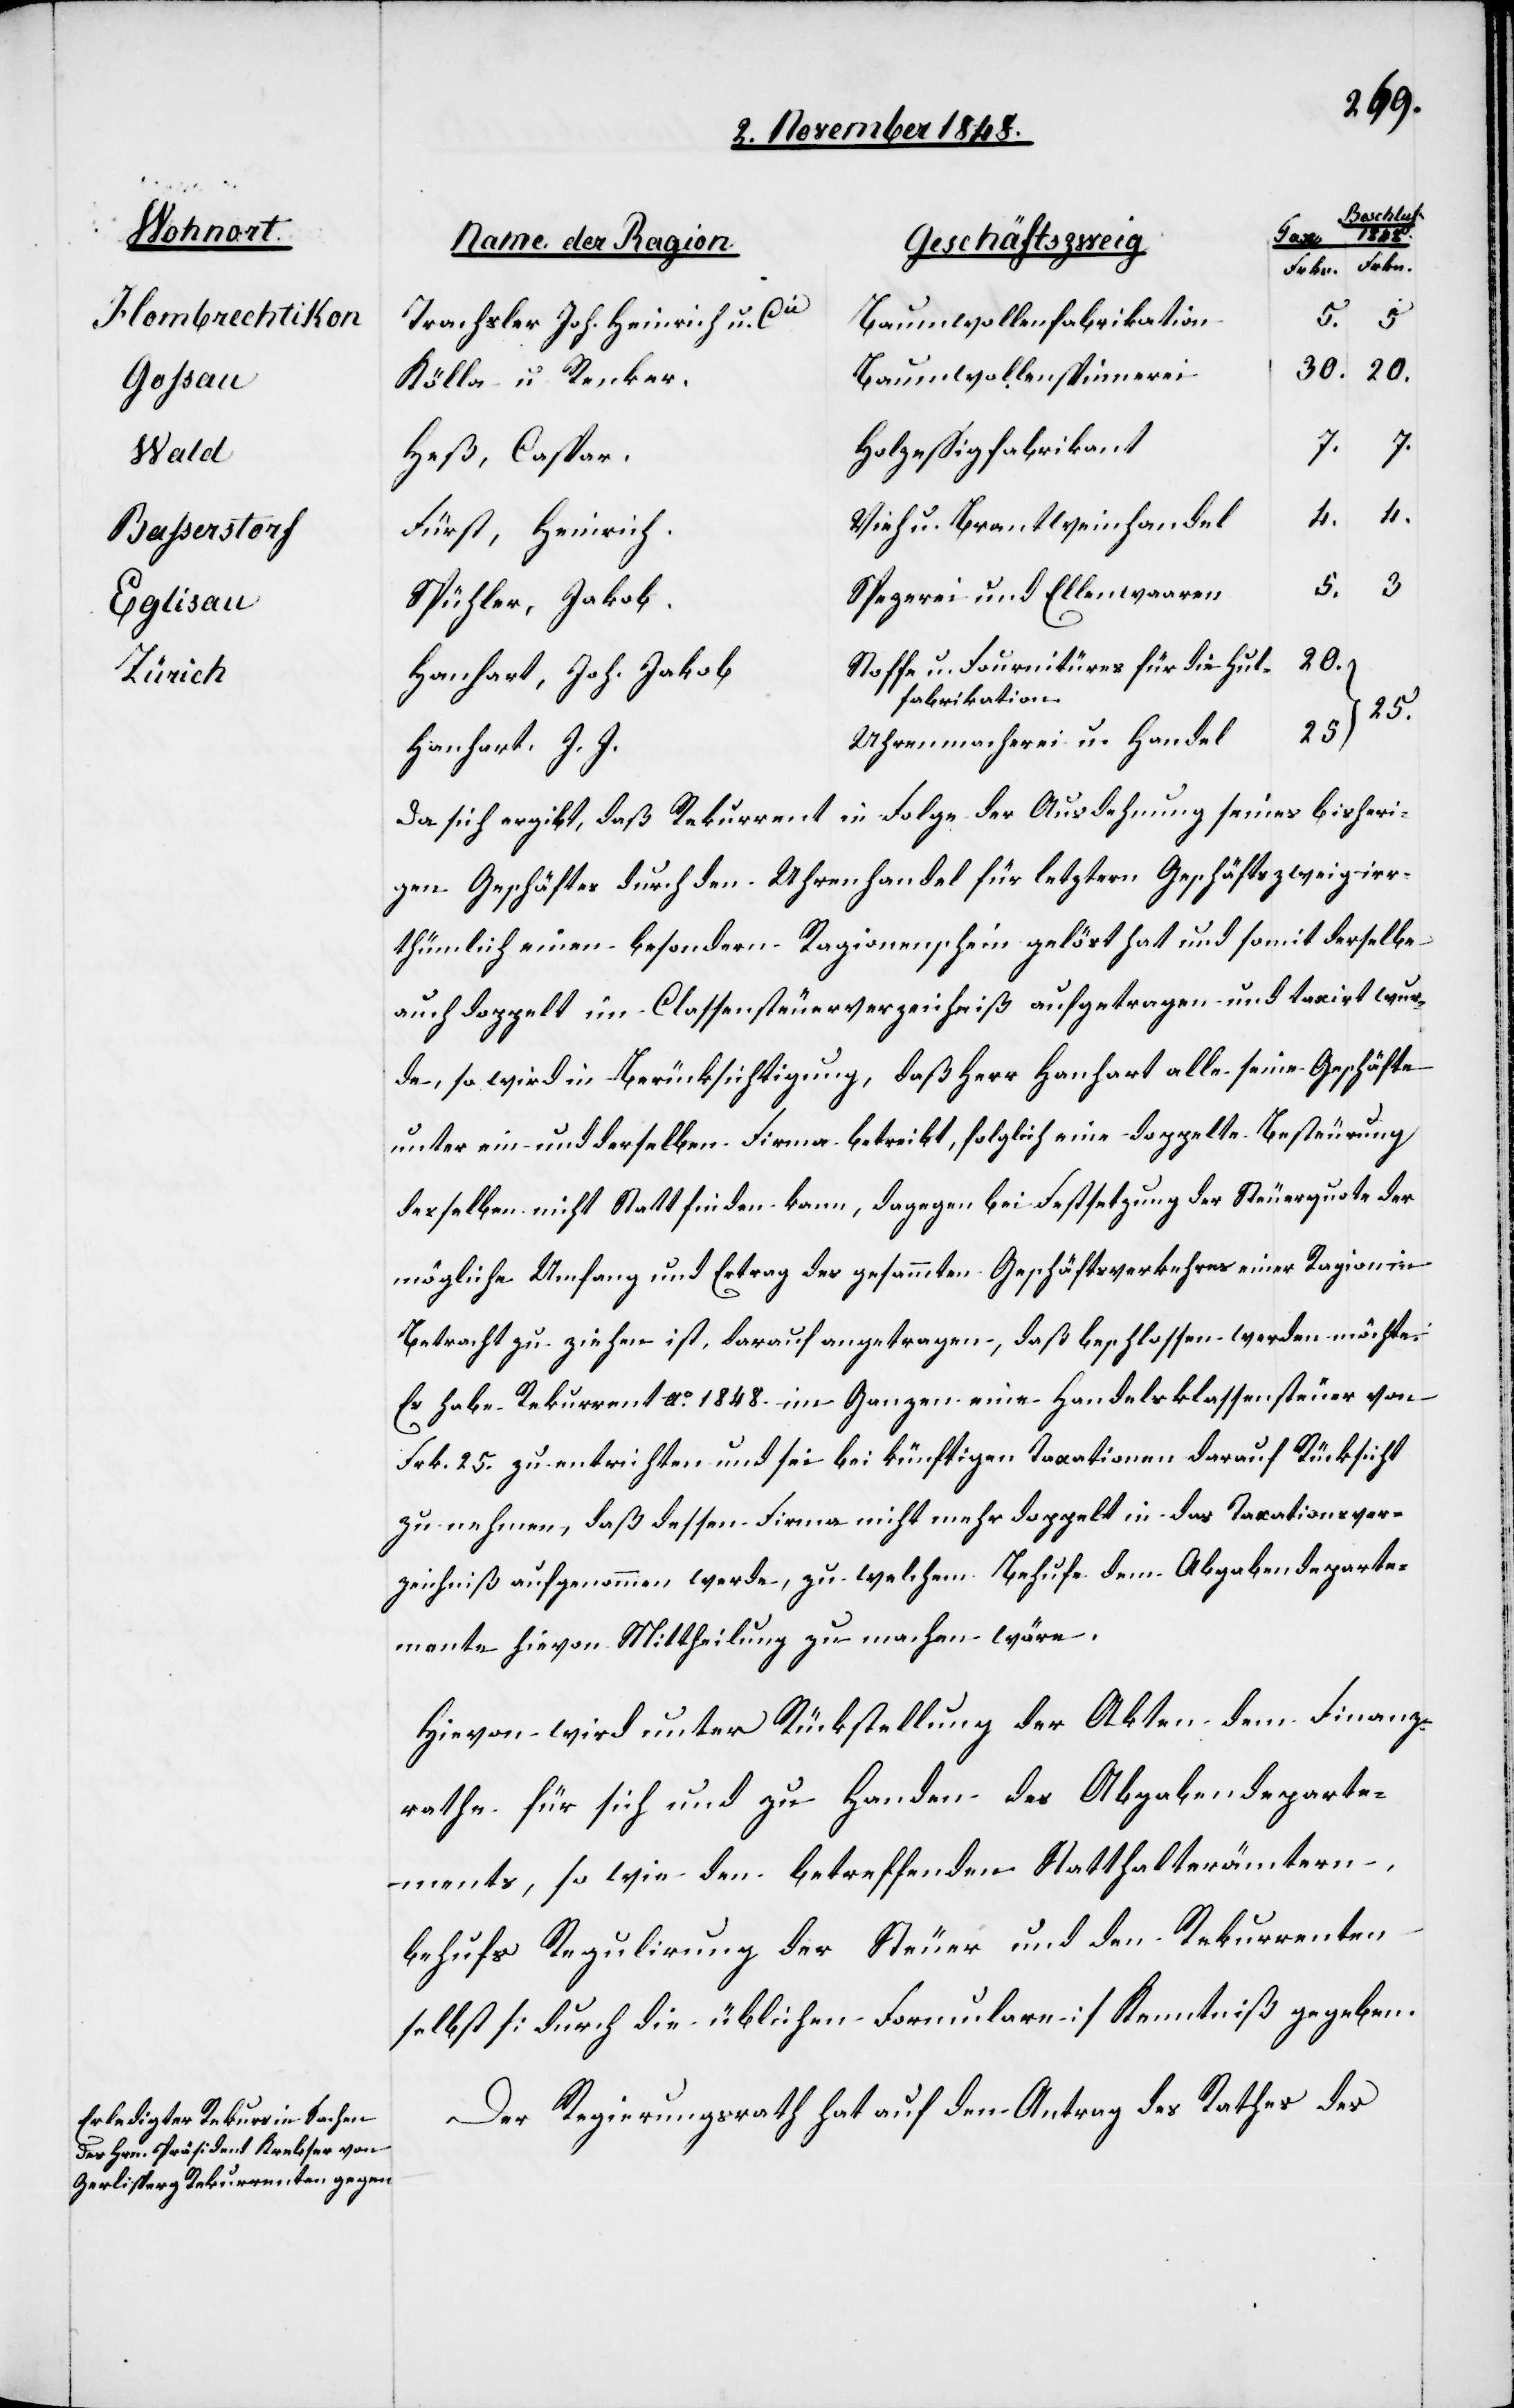
Wohnort
Hombrechtikon
Gossau
Wald
Basserstorf
Eglisau
Zürich

Beschluß
1848.
Name der Ragion
Geschäftszweig
Baumwollenfabrikation
Trachsler Joh. Heinrich u. Cie
30.
20.
Baumwollenspinnerei
Kölla u. Recker.
Holzeßigfabrikant
7.
Heß, Caspar.
4.
4.
Vieh u. Brantweinhandel
Fürst, Heinrich.
3.
5.
Spezerei und Ellenwaaren
Spühler, Jakob.
Stoffe u. Fournitüres für die Hut¬
Hanhart, Joh. Jakob
fabrikation
25.
Uhrenmacherei u. Handel
Hanhart J. J.
Da sich ergibt, daß Rekurrent in Folge der Ausdehnung seines bisheri¬
gen Geschäftes durch den Uhrenhandel für letztern Geschäftszweig irr¬
thümlich einen besondern Ragionenschein gelöst hat und somit derselbe
auch doppelt im Classensteuerverzeichniß aufgetragen und taxirt wur¬
de, so wird in Berücksichtigung, daß Herr Hanhart alle seine Geschäfte
unter ein und derselben Firma betreibt, folglich eine doppelte Besteuerung
desselben nicht stattfinden kann, dagegen bei Festsetzung der Steuerquote der
mögliche Umfang und Ertrag des gesammten Geschäftsverkehres einer Ragion in
Betracht zu ziehen ist, darauf angetragen, daß beschlossen werden möchte:
Es habe Rekurrent A. 1848. im Ganzen ein Handelsklassensteuer von
Frk. 25. zu entrichten und sei bei künftigen Taxationen darauf Rücksicht
zu nehmen, daß dessen Firma nicht mehr doppelt in das Taxationsver¬
zeichniß aufgenommen werde, zu welchem behufe dem Abgabendeparte¬
mente hievon Mitteilung zu machen wäre.
Hievon wird unter Rückstellung der Akten dem Finanz¬
rathe für sich und zu Handen des Abgabendeparte¬
ments, so wie den betreffenden Statthalterämtern,
behufs Regulirung der Steuer und den Rekurrenten
selbst [durch die üblichen Formulare] Kenntniß gegeben.
Der Regierungsrath hat auf den Antrag des Rathes des